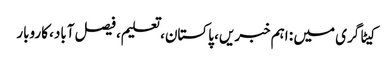
کیٹاگری میں : اہم خبریں، پاکستان، تعلیم، فیصل آباد، کاروبار